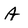
Character: A